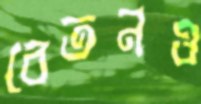
বেতনও